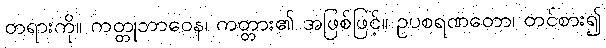
တရားကို။ ကတ္တုဘာဝေန၊ ကတ္တား၏ အဖြစ်ဖြင့်။ ဥပစရဏတော၊ တင်စား၍